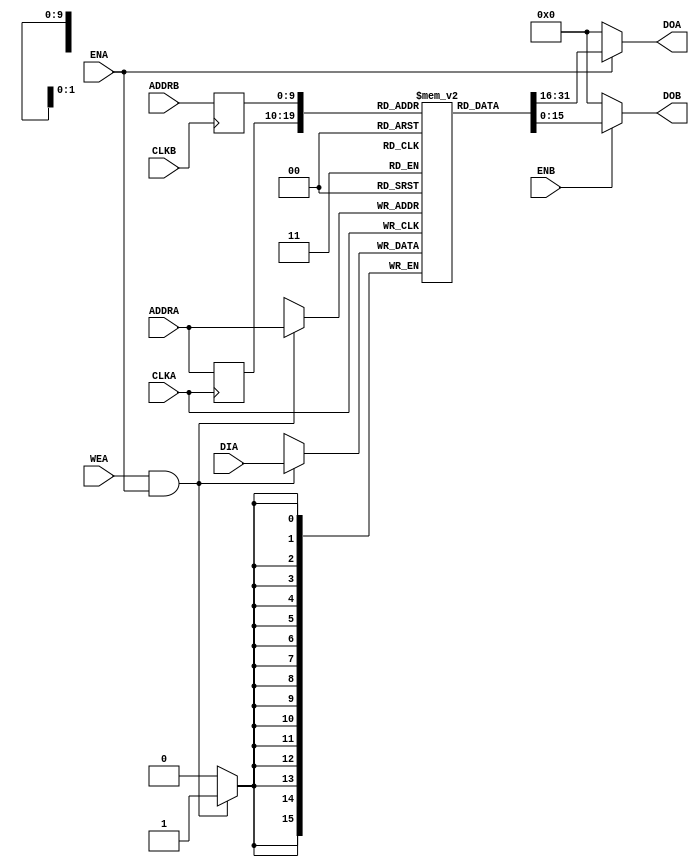
module dpram_S18_S18(
// output from MAC
		DOA,
      ADDRA,
      CLKA,
      DIA,
      ENA,
      WEA,

		// input to AC97
      DOB,
		ADDRB,
      CLKB,
      ENB
);

parameter data_width=16,

address_width=10,

mem_depth=1024;

input [data_width-1:0] DIA;

input [address_width-1:0] ADDRA, ADDRB;

input CLKA, CLKB;

input WEA;

input ENA, ENB;

output [data_width-1:0] DOA, DOB;

reg [data_width-1:0] mem[mem_depth-1:0];

reg [address_width - 1:0] addr_reg_a, addr_reg_b;

always @(posedge CLKA)

begin
addr_reg_a <= ADDRA;

if (WEA && ENA) mem[ADDRA] <= DIA;

end

always @(posedge CLKB)

begin

addr_reg_b <= ADDRB;

end

assign DOA = (ENA == 1'b1) ? mem[addr_reg_a]: 0;

assign DOB = (ENB == 1'b1) ? mem[addr_reg_b]: 0;

endmodule